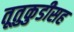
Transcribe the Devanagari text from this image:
तूतुकुडीसह